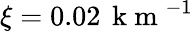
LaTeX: \xi=0.02\, \mathrm{~k~m~}^{-1}